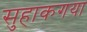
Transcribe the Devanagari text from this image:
सुहाकगया